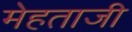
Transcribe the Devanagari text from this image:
मेहताजी